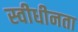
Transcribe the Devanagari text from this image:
स्वीधीनता